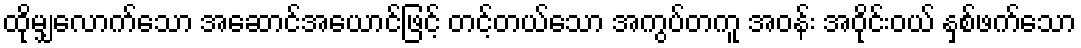
ထိုမျှလောက်သော အဆောင်အယောင်ဖြင့် တင့်တယ်သော အကွပ်တကူ အဝန်း အဝိုင်းဝယ် နှစ်ဖက်သော